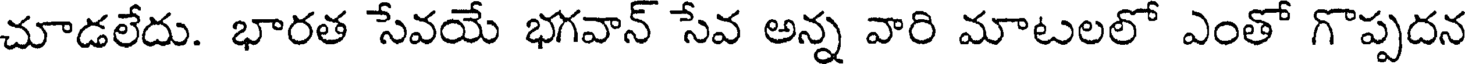
చూడలేదు. భారత సేవయే భగవాన్ సేవ అన్న వారి మాటలలో ఎంతో గొప్పదన